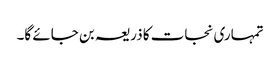
تمہاری نجات کا ذریعہ بن جائے گا۔